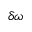
\delta \omega